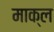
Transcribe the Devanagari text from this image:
माक्ल